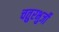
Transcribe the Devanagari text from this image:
चतुरभुर्जी